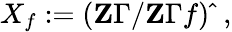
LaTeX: X_{f}:=(\mathbf{Z}\Gamma/\mathbf{Z}\Gamma f){\widehat{\ }}\ ,